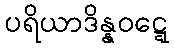
ပရိယာဒိန္နဝဋ္ဋေ